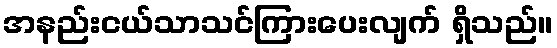
အနည်းငယ်သာသင်ကြားပေးလျက် ရှိသည်။